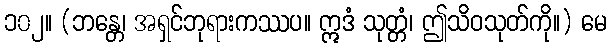
၁၀၂။ (ဘန္တေ၊ အရှင်ဘုရားကဿပ။ ဣဒံ သုတ္တံ၊ ဤသိဝသုတ်ကို။) မေ